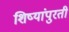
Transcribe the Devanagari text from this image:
शिष्यांपुरती